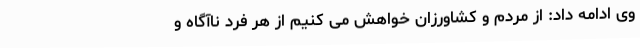
وی ادامه داد: از مردم و کشاورزان خواهش می کنیم از هر فرد ناآگاه و